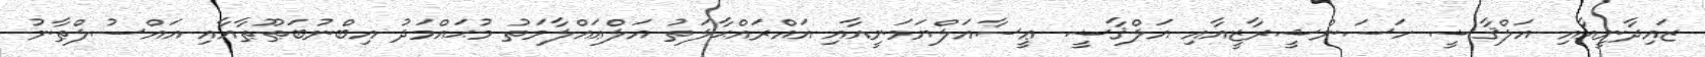
ޒައިދާނީއާއި އަލްޤާޟީ ހަސަންޝީރާޒީއާއި އަލްޤާޟީ ޢީސާއަލްޔަމަނީއާއި އައްރައްޙާލަތު އަލްޢައްލާމަތު މުޙައްމަދު އިބްނުބަޠޫޠާއާއި އައްސުލްޠާނު